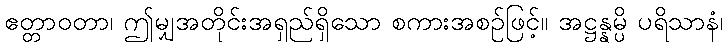
ဧတ္တာဝတာ၊ ဤမျှအတိုင်းအရှည်ရှိသော စကားအစဉ်ဖြင့်။ အဋ္ဌန္နမ္ပိ ပရိသာနံ၊